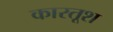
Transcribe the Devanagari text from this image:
कारतूश